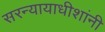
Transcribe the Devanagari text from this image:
सरन्यायाधीशांनी